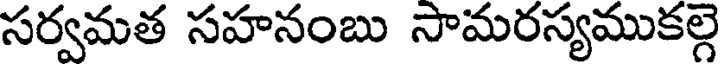
సర్వమత సహనంబు సామరస్యముకల్గ